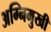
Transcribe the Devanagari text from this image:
अग्निमुखी